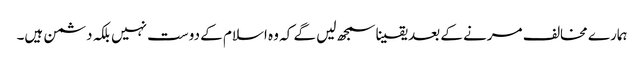
ہمارے مخالف مرنے کے بعد یقینا سمجھ لیں گے کہ وہ اسلام کے دوست نہیں بلکہ دشمن ہیں۔